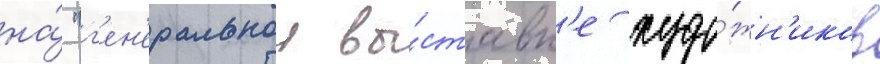
на́ "г'ен'еральнои вы́ставк'е худо́жн'иков